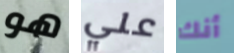
هو علي أنك